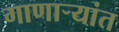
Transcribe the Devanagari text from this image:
गाणार्‍यांत